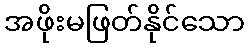
အဖိုးမဖြတ်နိုင်သော